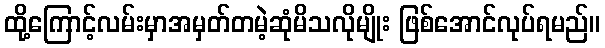
ထို့ကြောင့်လမ်းမှာအမှတ်တမဲ့ဆုံမိသလိုမျိုး ဖြစ်အောင်လုပ်ရမည်။